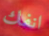
انفك